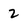
Character: 2